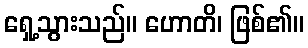
ရှေ့သွားသည်။ ဟောတိ၊ ဖြစ်၏။